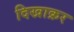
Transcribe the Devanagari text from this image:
दिखाक्रर